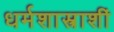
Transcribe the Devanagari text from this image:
धर्मशास्त्राशीं